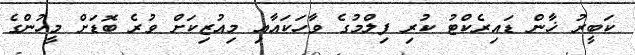
ކަބީރު ޚާން ޑައިރެކްޓު ކުރި ފިލްމުގެ ވާހަކައާއި މިއުޒިކަށް ވުރެ ބޮޑަށް މީހުންގެ